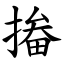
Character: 㨧